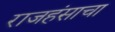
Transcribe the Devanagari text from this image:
राजहंसाचा